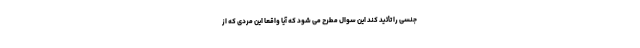
جنسی را تأئید کند این سوال مطرح می شود که آیا واقعاً این مردی که از